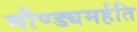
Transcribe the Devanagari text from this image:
मौण्ड्यमर्हति